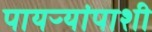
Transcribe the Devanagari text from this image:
पायऱ्यांपाशी